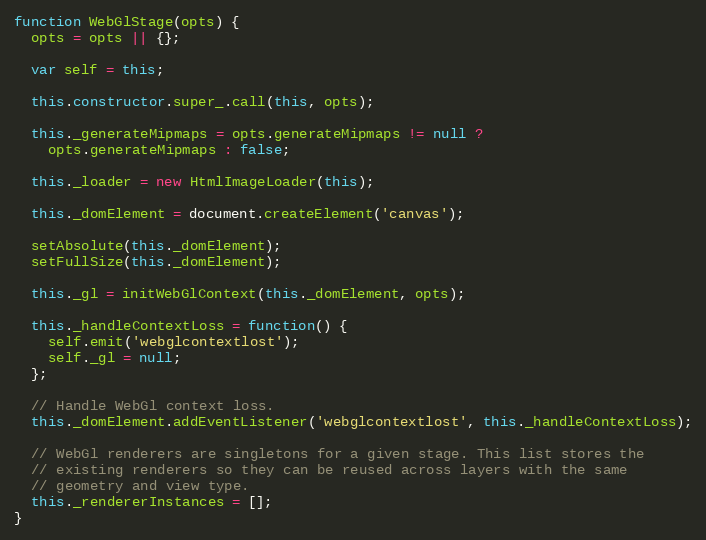
Language: JavaScript
function WebGlStage(opts) {
  opts = opts || {};

  var self = this;

  this.constructor.super_.call(this, opts);

  this._generateMipmaps = opts.generateMipmaps != null ?
    opts.generateMipmaps : false;

  this._loader = new HtmlImageLoader(this);

  this._domElement = document.createElement('canvas');

  setAbsolute(this._domElement);
  setFullSize(this._domElement);

  this._gl = initWebGlContext(this._domElement, opts);

  this._handleContextLoss = function() {
    self.emit('webglcontextlost');
    self._gl = null;
  };

  // Handle WebGl context loss.
  this._domElement.addEventListener('webglcontextlost', this._handleContextLoss);

  // WebGl renderers are singletons for a given stage. This list stores the
  // existing renderers so they can be reused across layers with the same
  // geometry and view type.
  this._rendererInstances = [];
}